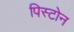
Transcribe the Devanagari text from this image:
पिस्टोन